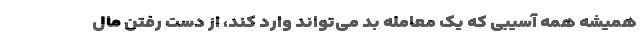
همیشه همه آسیبی که یک معامله بد می‌تواند وارد کند، از دست رفتن مال